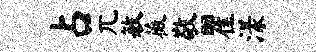
占兀敏薇敬瞿漾